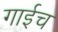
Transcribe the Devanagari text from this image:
गाईच